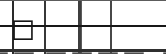
٣